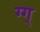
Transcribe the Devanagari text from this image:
ग्ग्